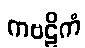
ကဗဠိကံ